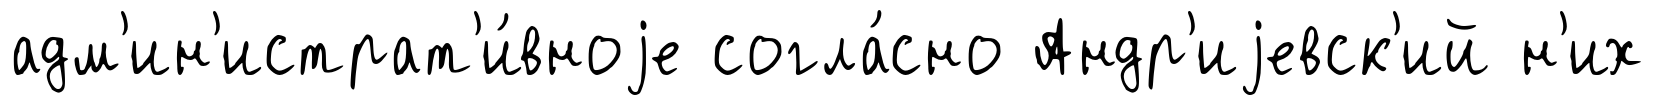
адм'ин'истрат'и́вноjе согла́сно Андр'иjевск'ий н'их